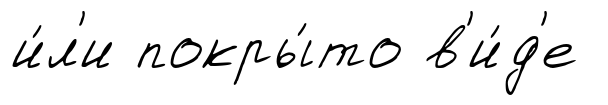
и́л'и покры́то в'и́д'е